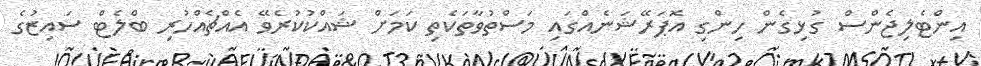
އިންޓެލިޖެންސް ގުޅިގެން ހިންގި އޮޕަރޭޝަނެއްގައި މަސްތުވާތަކެތި ކަމަށް ޝައްކުކުރެވޭ އެއްޗެއްހުރި ބްލެޓް ސައިޒުގެ